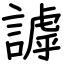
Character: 謼